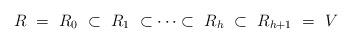
LaTeX: \begin{align*} R ~ = ~R_0 ~\subset ~ R_1 ~ \subset \cdots \subset ~ R_{h} ~\subset ~ R_{h+1} ~= ~ V\end{align*}